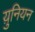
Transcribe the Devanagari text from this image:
य़ुनियन